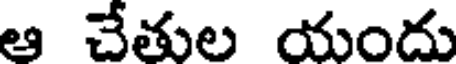
ఆ చేతుల యందు